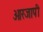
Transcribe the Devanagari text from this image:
ओरजापी